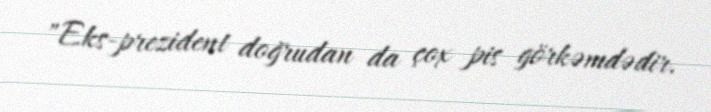
"Eks-prezident doğrudan da çox pis görkəmdədir.